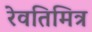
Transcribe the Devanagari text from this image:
रेवतिमित्र